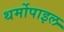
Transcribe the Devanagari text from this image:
थर्मोपाइल